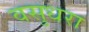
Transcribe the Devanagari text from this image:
वसुधरा